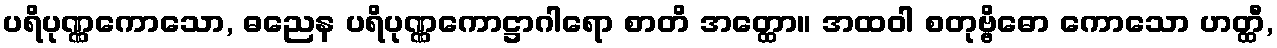
ပရိပုဏ္ဏကောသော, ဓညေန ပရိပုဏ္ဏကောဋ္ဌာဂါရော စာတိ အတ္ထော။ အထဝါ စတုဗ္ဗိဓော ကောသော ဟတ္ထီ,